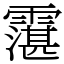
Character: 霮